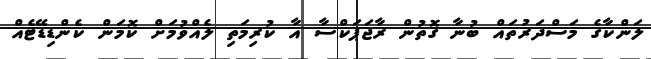
ލަންކާގެ މަސްދަރުތައް ބުނާ ގޮތުން ރާޖަޕަކްސާ އާ ކުރިމަތި ލެއްވުމަށް ކޮމަން ކެންޑިޑޭޓެއް